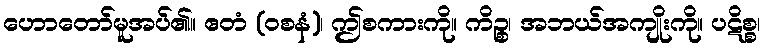
ဟောတော်မူအပ်၏။ ဧတံ (ဝစနံ)၊ ဤစကားကို။ ကိဉ္စ၊ အဘယ်အကျိုးကို။ ပဋိစ္စ၊